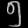
Digit: ၅